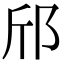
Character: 邤